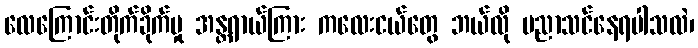
လေကြောင်းတိုက်ခိုက်မှု အန္တရာယ်ကြား ကလေးငယ်တွေ ဘယ်လို ပညာသင်နေရပါသလဲ၊